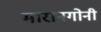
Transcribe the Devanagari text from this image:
मारानगोनी